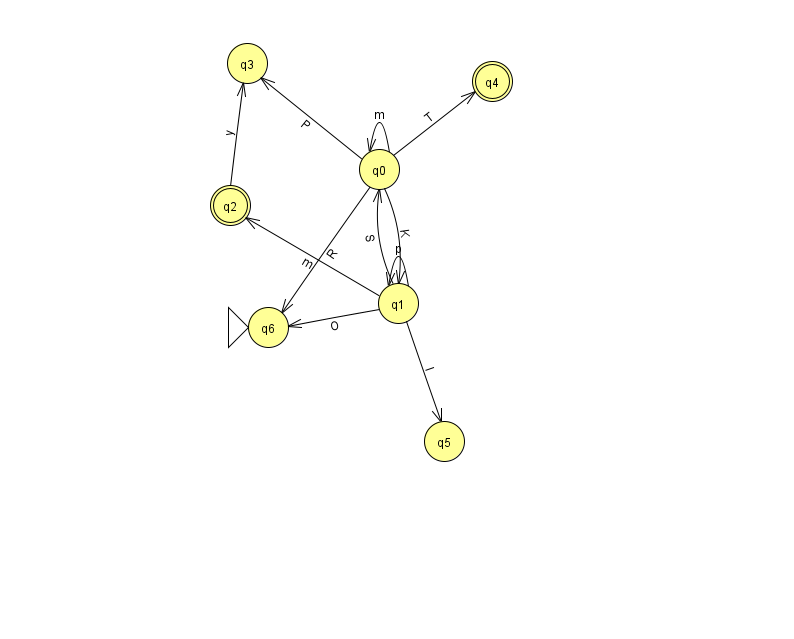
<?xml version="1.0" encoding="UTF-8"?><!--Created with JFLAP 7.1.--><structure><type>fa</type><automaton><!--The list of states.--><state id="0" name="q0"><x>379.0</x><y>156.0</y></state><state id="1" name="q1"><x>398.0</x><y>290.0</y></state><state id="2" name="q2"><x>230.0</x><y>192.0</y><final/></state><state id="3" name="q3"><x>247.0</x><y>50.0</y></state><state id="4" name="q4"><x>492.0</x><y>68.0</y><final/></state><state id="5" name="q5"><x>444.0</x><y>428.0</y></state><state id="6" name="q6"><x>268.0</x><y>314.0</y><initial/></state><!--The list of transitions.--><transition><from>1</from><to>1</to><read>p</read></transition><transition><from>0</from><to>6</to><read>R</read></transition><transition><from>1</from><to>5</to><read>l</read></transition><transition><from>1</from><to>6</to><read>O</read></transition><transition><from>0</from><to>1</to><read>K</read></transition><transition><from>1</from><to>2</to><read>m</read></transition><transition><from>0</from><to>4</to><read>T</read></transition><transition><from>0</from><to>3</to><read>P</read></transition><transition><from>2</from><to>3</to><read>y</read></transition><transition><from>0</from><to>0</to><read>m</read></transition><transition><from>1</from><to>0</to><read>S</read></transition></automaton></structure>